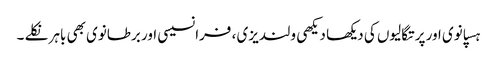
ہسپانوی اور پرتگالیوں کی دیکھا دیکھی ولندیزی ، فرانسیسی اور برطانوی بھی باہر نکلے ۔